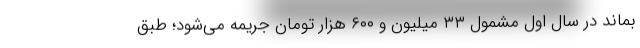
بماند در سال اول مشمول ۳۳ میلیون و ۶۰۰ هزار تومان جریمه می‌شود؛ طبق